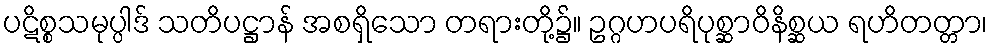
ပဋိစ္စသမုပ္ပါဒ် သတိပဋ္ဌာန် အစရှိသော တရားတို့၌။ ဥဂ္ဂဟပရိပုစ္ဆာဝိနိစ္ဆယ ရဟိတတ္တာ၊